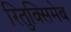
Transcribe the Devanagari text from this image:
रितुक्सिमेब